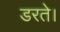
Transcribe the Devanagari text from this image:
डरते।